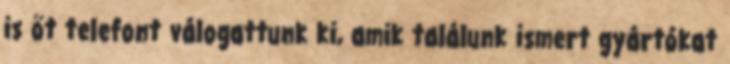
is öt telefont válogattunk ki, amik találunk ismert gyártókat